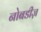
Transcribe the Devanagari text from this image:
नोबडीज़